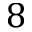
8